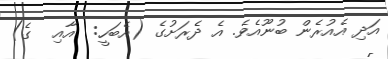
އަދި އެއުރެން ބުނޫއެވެ. އެ ދެރަށުގެ (އެބަހީ:  އާއި  ގެ)